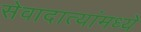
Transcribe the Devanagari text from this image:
सेवादात्यांमध्ये